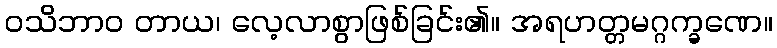
ဝသိဘာဝ တာယ၊ လေ့လာစွာဖြစ်ခြင်း၏။ အရဟတ္တမဂ္ဂက္ခဏေ။